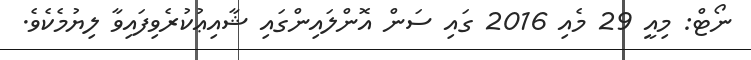
ނޯޓް: މިއީ 29 މެއި 2016 ގައި ސަން އޮންލައިންގައި ޝާއިޢުކުރެވިފައިވާ ލިޔުމެކެވެ.